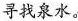
寻找泉水。